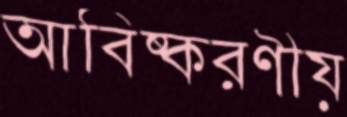
আবিষ্করণীয়